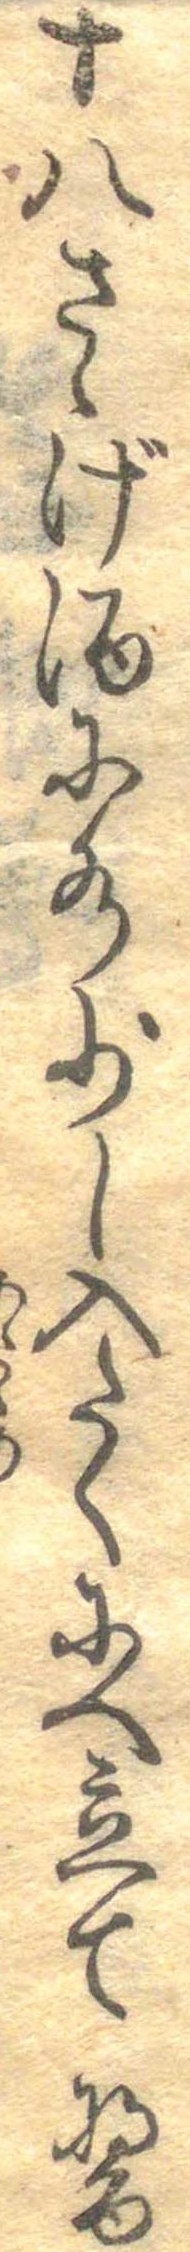
十八さゝげ酒に水少し入たくにへ立て醤